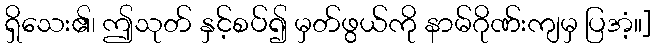
ရှိသေး၏၊ ဤသုတ် နှင့်စပ်၍ မှတ်ဖွယ်ကို နာမ်ဂိုဏ်းကျမှ ပြအံ့။]